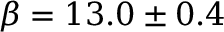
\beta = 1 3 . 0 \pm 0 . 4